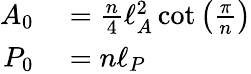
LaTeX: \begin{array}{rl}{A_{0}}&{{}=\frac{n}{4}\ell_{A}^{2}\cot\left(\frac{\pi}{n}\right)}\\ {P_{0}}&{{}=n\ell_{P}}\end{array}